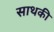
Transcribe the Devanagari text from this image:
साथकी